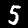
Digit: 5